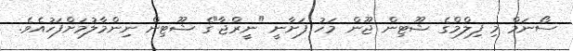
ސޯނަމް މި ފިލްމްގެ ޝޫޓިން ޖޫން މަހު ފަށާނީ "ނީރްޖާ"ގެ ޝޫޓިން ނިންމާލުމަށްފަހުއެވެ.